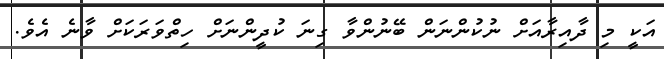
އަކީ މި ދާއިރާއަށް ނުކުންނަން ބޭނުންވާ ގިނަ ކުދީންނަށް ހިތްވަރަކަށް ވާނެ އެވެ.